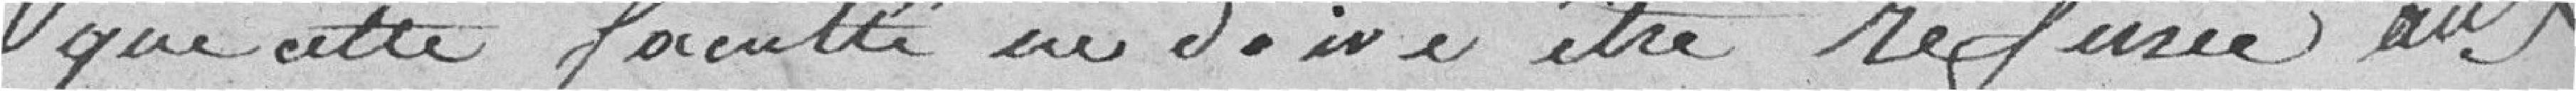
que cette faculté en doive être refusée aux